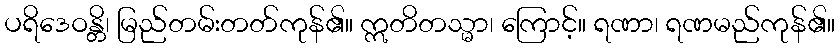
ပရိဒေဝန္တိ၊ မြည်တမ်းတတ်ကုန်၏။ ဣတိတသ္မာ၊ ကြောင့်။ ရဏာ၊ ရဏမည်ကုန်၏။